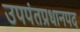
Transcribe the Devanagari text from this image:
उपपंतप्रधानपद